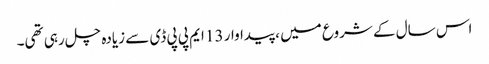
اس سال کے شروع میں ، پیداوار 13 ایم پی پی ڈی سے زیادہ چل رہی تھی۔